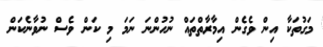
މަގުތަކާ އިން ވެގެން އިމާރާތްތައް ނުހުންނަ ނަމަ މި ކަން ވެސް ނުވާނެކަން